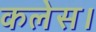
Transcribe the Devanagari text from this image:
कलेस।